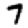
Digit: 7